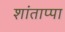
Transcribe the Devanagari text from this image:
शांताप्पा